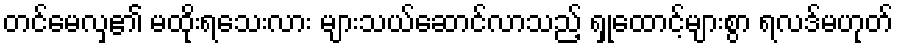
တင်မေလှ၏ မထိုးရသေးလား များသယ်ဆောင်လာသည့် ရှုထောင့်များစွာ ရလဒ်မဟုတ်